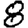
Digit: 8